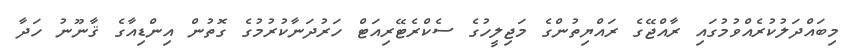
މިބައްދަލުކުރެއްވުމުގައި ރާއްޖޭގެ ރައްޔިތުންގެ މަޖިލީހުގެ ސެކްރެޓޭރިއަޓް ހަރުދަނާކުރުމުގެ ގޮތުން އިންޑިއާގެ ޤާނޫނު ހަދާ